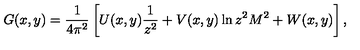
G ( x , y ) = { \frac { 1 } { 4 \pi ^ { 2 } } } \left[ U ( x , y ) { \frac { 1 } { z ^ { 2 } } } + V ( x , y ) \ln z ^ { 2 } M ^ { 2 } + W ( x , y ) \right] ,